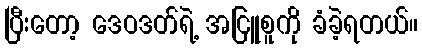
ပြီးတော့ ဒေဝဒတ်ရဲ့ အငြူစူကို ခံခဲ့ရတယ်။